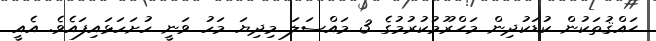
ޙައްޤުތަކުން ކުޑަކުދިން މަޙްރޫމުކުރުމުގެ 3 މައްސަލަ މިދިޔަ މަހު ވަނީ ހުށަހަޅައިފައެވެ. އެއީ